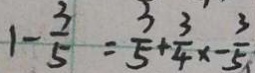
1 - \frac { 3 } { 5 } = \frac { 3 } { 5 } + \frac { 3 } { 4 } x - \frac { 3 } { 5 }